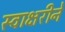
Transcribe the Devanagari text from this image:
स्वाक्षरीने